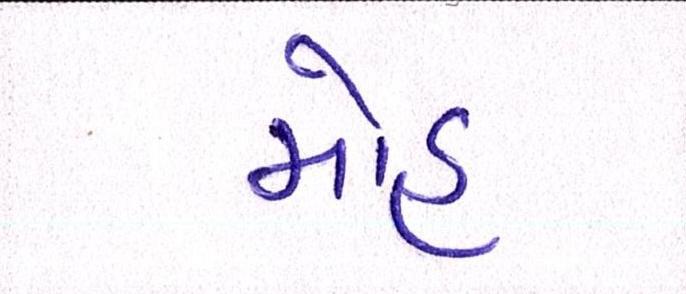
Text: મોહ